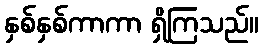
နှစ်နှစ်ကာကာ ရှိကြသည်။